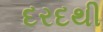
દરદથી